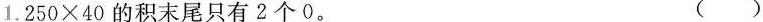
(18分)$$1 . 2 5 0 \times 4 0$$的积末尾只有2个0。 ()